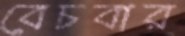
বেচবার